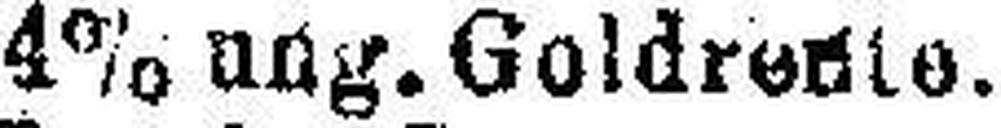
4% ung. Goldrente.